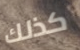
كذلك